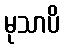
မုသာပိ